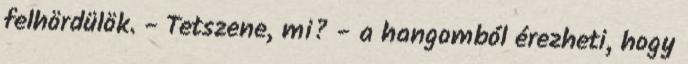
felhördülök. - Tetszene, mi? - a hangomból érezheti, hogy